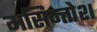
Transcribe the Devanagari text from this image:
मसिन्तोश